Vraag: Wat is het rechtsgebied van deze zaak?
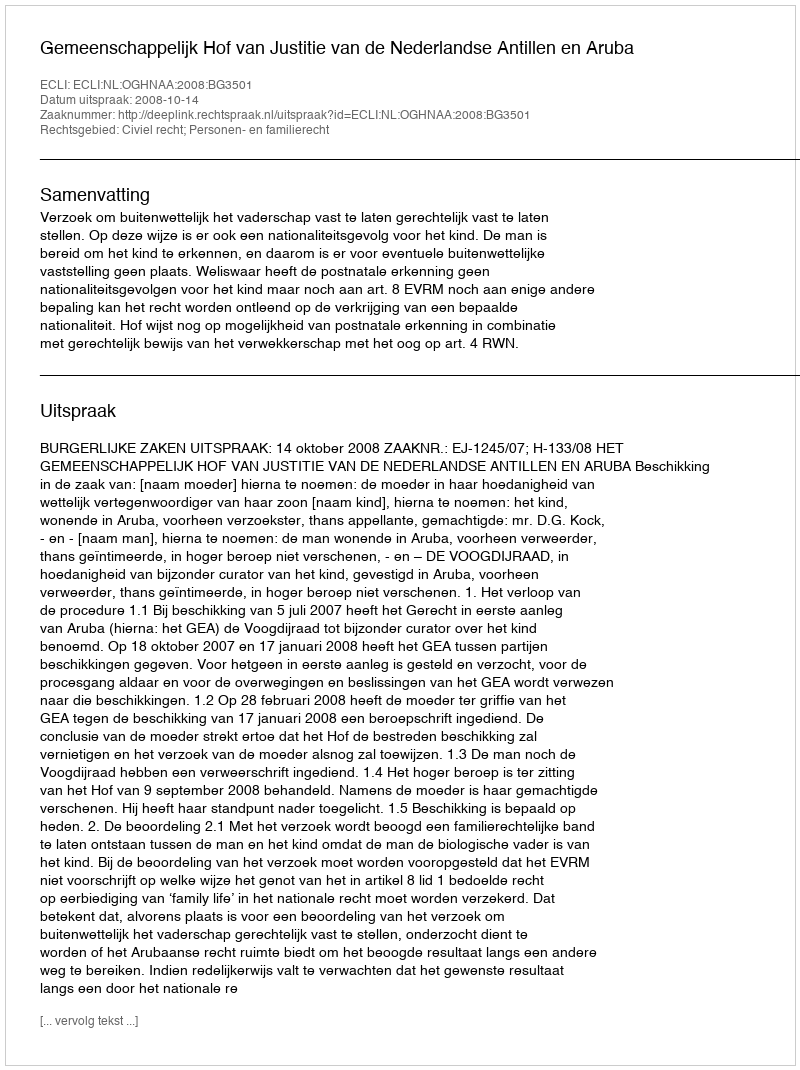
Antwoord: Civiel recht; Personen- en familierecht